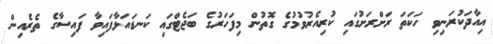
އިއާދަކުރަނިވި ހަކަތަ ރަށްރަށުގައި ކުރިއެރުވުމުގެ ގޮތުން މިފަހަރުގެ ބަޖެޓްގައި ކަނޑައަޅާފައިވާ ފައިސާގެ ތެރެއިން